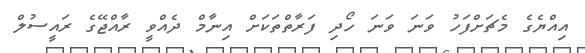
އިއްޔެގެ މެޗަށްފަހު ވަނަ ވަނަ ހޯދި ފަރާތްތަކަށް އިނާމް ދެއްވީ ރާއްޖޭގެ ރައީސުލް